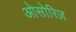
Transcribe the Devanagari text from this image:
ओसोरिज़